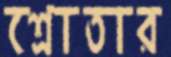
শ্রোতার